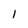
Character: l